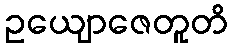
ဥယျောဇေတူတိ